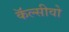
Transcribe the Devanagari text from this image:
कॅल्सीवो